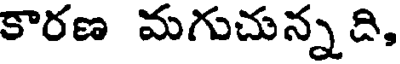
కారణ మగుచున్నది,